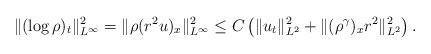
LaTeX: \begin{align*}\|(\log\rho)_t\|^2_{L^\infty}=\|\rho(r^2u)_x\|^2_{L^\infty}\leq C\left(\|u_t\|_{L^2}^2+\|(\rho^\gamma)_xr^2\|_{L^2}^2\right).\end{align*}